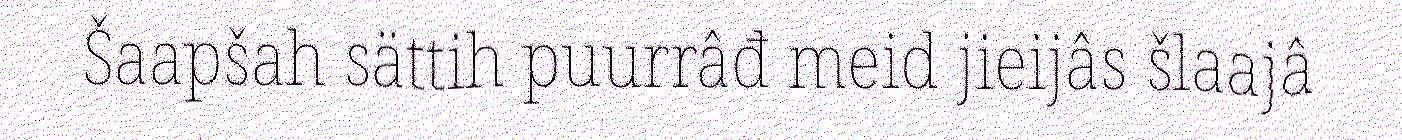
Šaapšah sättih puurrâđ meid jieijâs šlaajâ